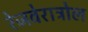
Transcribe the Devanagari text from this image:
रेजवेराट्रोल